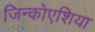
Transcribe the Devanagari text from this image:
जिन्कोएशिया